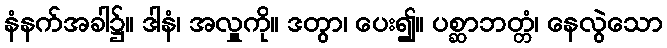
နံနက်အခါ၌။ ဒါနံ၊ အလှူကို။ ဒတွာ၊ ပေး၍။ ပစ္ဆာဘတ္တံ၊ နေလွဲသော